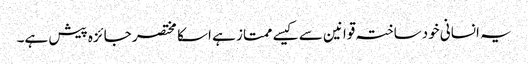
یہ انسانی خودساختہ قوانین سے کیسے ممتاز ہے اسکا مختصر جائزہ پیش ہے۔